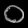
Digit: ၀